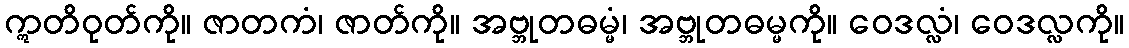
ဣတိဝုတ်ကို။ ဇာတကံ၊ ဇာတ်ကို။ အဗ္ဘုတဓမ္မံ၊ အဗ္ဘုတဓမ္မကို။ ဝေဒလ္လံ၊ ဝေဒလ္လကို။